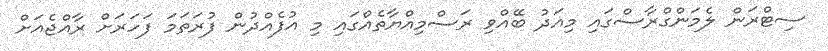
ސިޓްރަން ލެމަންގްރާސްގައި މިއަދު ބޭއްވި ރަސްމިއްޔާތެއްގައި މި އުފެއްދުން ފުރަތަމަ ފަހަރަށް ރާއްޖެއަށް